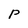
Character: P